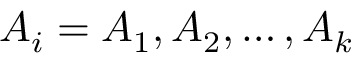
A _ { i } = A _ { 1 } , A _ { 2 } , \ldots , A _ { k }